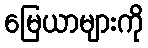
မြေယာများကို